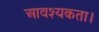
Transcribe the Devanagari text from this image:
आवश्‍यकता।